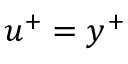
u ^ { + } = y ^ { + }